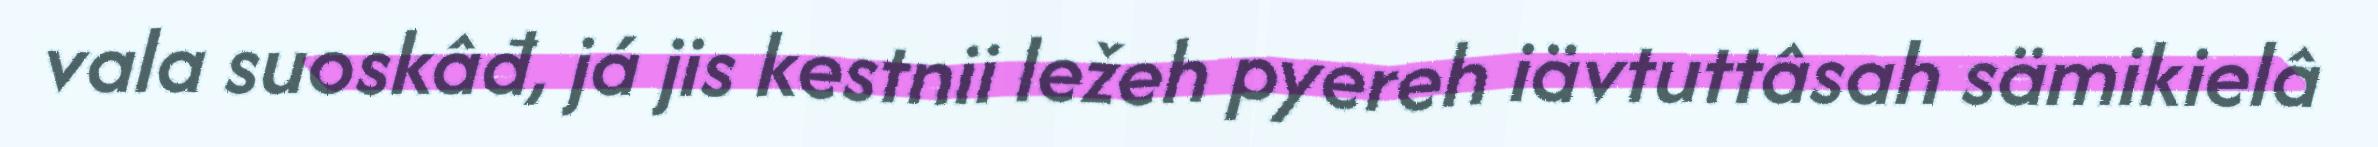
vala suoskâđ, já jis kestnii ležeh pyereh iävtuttâsah sämikielâ